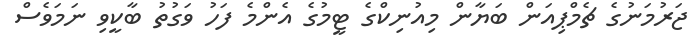
ޖަރުމަނުގެ ޗެމްޕިއަން ބަޔާން މިއުނިކްގެ ޓީމުގެ އެންމެ ފަހު ވަގުތު ބާކީވި ނަމަވެސް